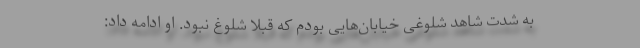
به شدت شاهد شلوغی خیابان‌هایی بودم که قبلاً شلوغ نبود. او ادامه داد: